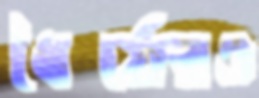
ধৈর্যেরও